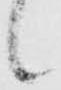
候